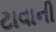
ટાવાની